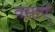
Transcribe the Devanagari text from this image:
वसाएँ